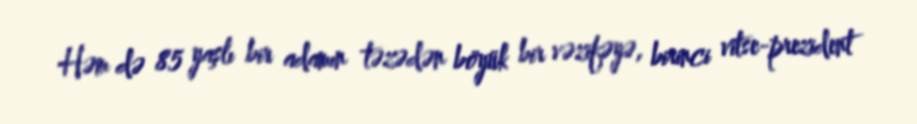
Həm də 85 yaşlı bir adamın təzədən böyük bir vəzifəyə, birinci vitse-prezident